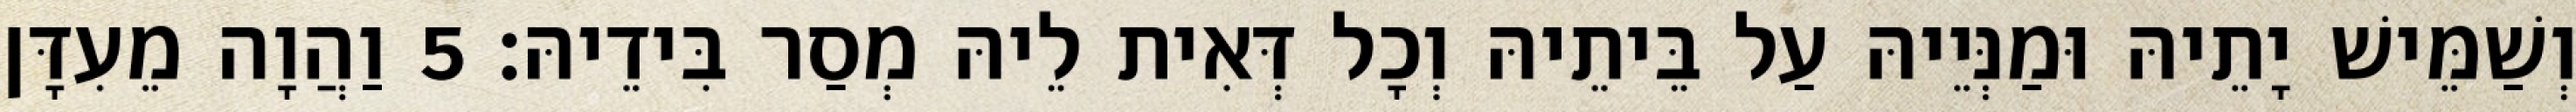
וְשַׁמֵּישׁ יָתֵיהּ וּמַנְּיֵיהּ עַל בֵּיתֵיהּ וְכָל דְּאִית לֵיהּ מְסַר בִּידֵיהּ׃ 5 וַהֲוָה מֵעִדָּן